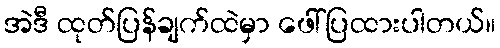
အဲဒီ ထုတ်ပြန်ချက်ထဲမှာ ဖေါ်ပြထားပါတယ်။